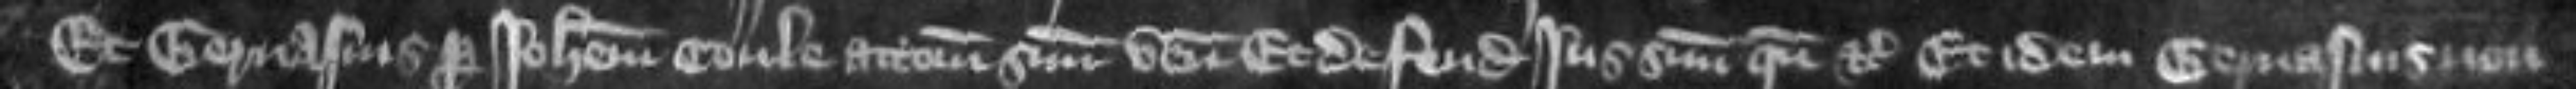
Et Gervasius per Johannem Coule attornatum suum venit Et defendit jus suum quando etc Et idem Gervasius non